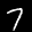
Label: 7